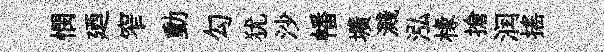
憫廼窄動勾犹沙幡壙濺泓椽搶润揺